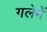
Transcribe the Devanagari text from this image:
गलेमें